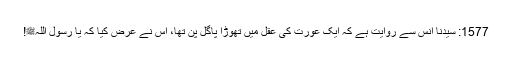
1577: سیدنا انسؓ سے روایت ہے کہ ایک عورت کی عقل میں تھوڑا پاگل پن تھا، اس نے عرض کیا کہ یا رسول اللہﷺ!